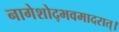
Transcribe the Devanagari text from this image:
नागेशोद्भवमादरात्‌।